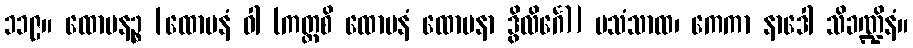
၁၁၉။ ထောမနဉ္စ [ထောမနံ ဝါ (ကတ္ထစိ ထောမနံ ထောမနာ ဒွိလိင်္ဂေ)] ပသံသာထ၊ ကေကာ နာဒေါ သိခဏ္ဍိနံ။